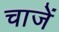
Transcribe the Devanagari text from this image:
चाजें